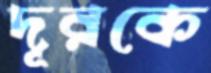
দূরকে